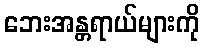
ဘေးအန္တရာယ်များကို